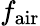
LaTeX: f_{\mathrm{air}}